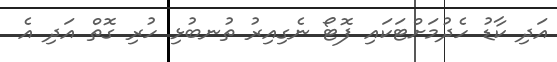
އަދި ކާޑު ހެދުމަށްޓަކައި ފޮޓޯ ނެގިއިރު ތުނބުޅި ހުރި ގޮތް އަދި އެ